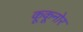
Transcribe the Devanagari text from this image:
कूकूनोर